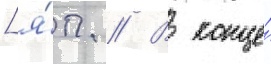
[я́п. // В конце́